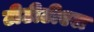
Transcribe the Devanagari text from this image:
टीटीटीएल